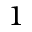
^ { 1 }